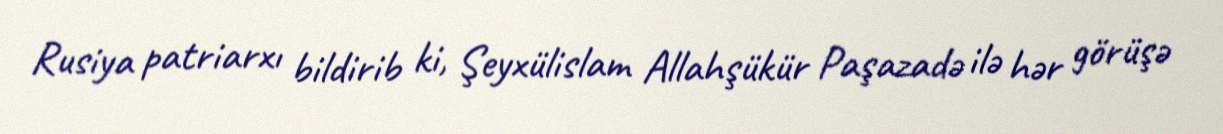
Rusiya patriarxı bildirib ki, Şeyxülislam Allahşükür Paşazadə ilə hər görüşə